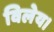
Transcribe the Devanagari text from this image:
विलेय।